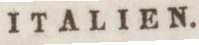
ITALIEN.